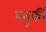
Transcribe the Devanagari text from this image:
बतुर्की